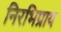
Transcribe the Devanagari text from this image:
निरभिप्राय